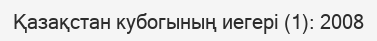
Қазақстан кубогының иегері (1): 2008